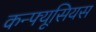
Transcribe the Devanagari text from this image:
कन्फ्यूसियस